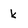
Character: k